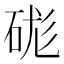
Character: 硥